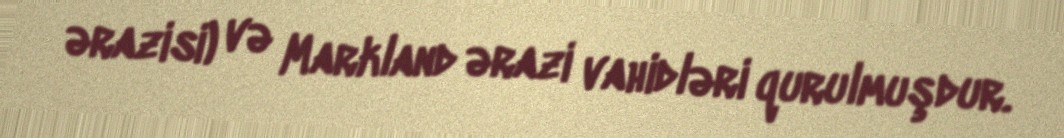
ərazisi) və Markland ərazi vahidləri qurulmuşdur.